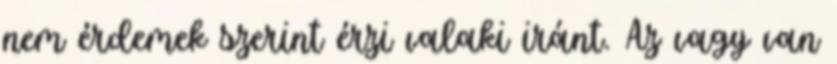
nem érdemek szerint érzi valaki iránt. Az vagy van